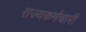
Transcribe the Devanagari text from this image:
राज्यकर्मचारी